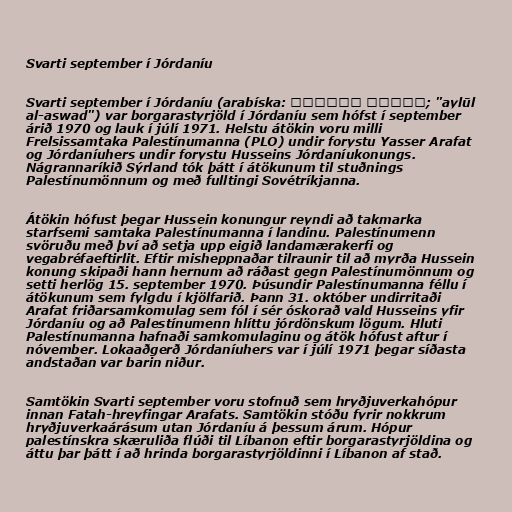
Svarti september í Jórdaníu

Svarti september í Jórdaníu (arabíska: أيلول الأسود‎; "aylūl
al-aswad") var borgarastyrjöld í Jórdaníu sem hófst í september
árið 1970 og lauk í júlí 1971. Helstu átökin voru milli
Frelsissamtaka Palestínumanna (PLO) undir forystu Yasser Arafat
og Jórdaníuhers undir forystu Husseins Jórdaníukonungs.
Nágrannaríkið Sýrland tók þátt í átökunum til stuðnings
Palestínumönnum og með fulltingi Sovétríkjanna.

Átökin hófust þegar Hussein konungur reyndi að takmarka
starfsemi samtaka Palestínumanna í landinu. Palestínumenn
svöruðu með því að setja upp eigið landamærakerfi og
vegabréfaeftirlit. Eftir misheppnaðar tilraunir til að myrða Hussein
konung skipaði hann hernum að ráðast gegn Palestínumönnum og
setti herlög 15. september 1970. Þúsundir Palestínumanna féllu í
átökunum sem fylgdu í kjölfarið. Þann 31. október undirritaði
Arafat friðarsamkomulag sem fól í sér óskorað vald Husseins yfir
Jórdaníu og að Palestínumenn hlíttu jórdönskum lögum. Hluti
Palestínumanna hafnaði samkomulaginu og átök hófust aftur í
nóvember. Lokaaðgerð Jórdaníuhers var í júlí 1971 þegar síðasta
andstaðan var barin niður.

Samtökin Svarti september voru stofnuð sem hryðjuverkahópur
innan Fatah-hreyfingar Arafats. Samtökin stóðu fyrir nokkrum
hryðjuverkaárásum utan Jórdaníu á þessum árum. Hópur
palestínskra skæruliða flúði til Líbanon eftir borgarastyrjöldina og
áttu þar þátt í að hrinda borgarastyrjöldinni í Líbanon af stað.